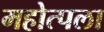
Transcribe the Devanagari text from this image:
महोत्पला